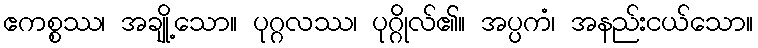
ဧကစ္စဿ၊ အချို့သော။ ပုဂ္ဂလဿ၊ ပုဂ္ဂိုလ်၏။ အပ္ပကံ၊ အနည်းငယ်သော။